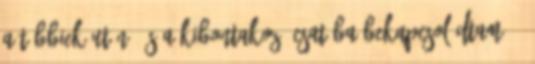
a többiek után, és a kibontakozó csatába bekapcsolódtam. -